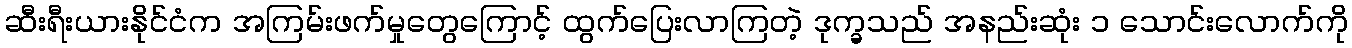
ဆီးရီးယားနိုင်ငံက အကြမ်းဖက်မှုတွေကြောင့် ထွက်ပြေးလာကြတဲ့ ဒုက္ခသည် အနည်းဆုံး ၁ သောင်းလောက်ကို